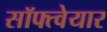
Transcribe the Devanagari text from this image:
सॉफ्त्वेयार